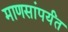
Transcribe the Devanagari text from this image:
माणसांपर्यंत